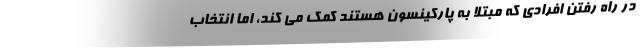
در راه رفتن افرادی که مبتلا به پارکینسون هستند کمک می کند، اما انتخاب